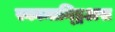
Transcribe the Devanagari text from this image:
स्कामान्ड्रिअस